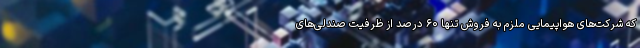
که شرکت‌های هواپیمایی ملزم به فروش تنها ۶۰ درصد از ظرفیت صندلی‌های